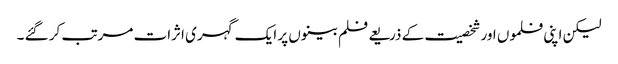
لیکن اپنی فلموں اور شخصیت کے ذریعے فلم بینوں پر ایک گہری اثرات مرتب کر گئے ۔